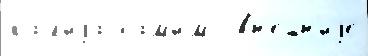
ка́л'иjа сам'и́м  вн'е́шн'иjе